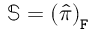
\mathbb { S } = \left( \hat { \pi } \right) _ { \mathtt { F } }